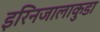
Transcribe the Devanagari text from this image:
इरिनजालाकुडा